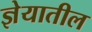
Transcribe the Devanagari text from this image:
ज्ञेयातील